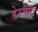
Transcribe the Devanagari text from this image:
डेरमॉट